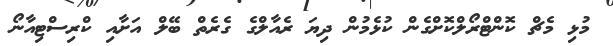
މުޅި މެޗް ކޮންޓްރޯލްކޮށްގެން ކުޅެމުން ދިޔަ ރެއާލްގެ ގެރެތް ބޭލް އަށާއި ކްރިސްޓިއާނޯ